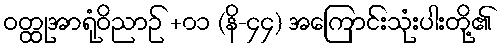
ဝတ္ထုအာရုံဝိညာဉ် +၀၁ (နိ-၄၄) အကြောင်းသုံးပါးတို့၏